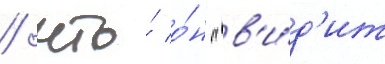
/ что́ о́н "в'и́д'ит